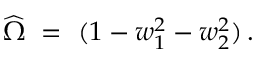
\widehat \Omega ~ = ~ ( 1 - w _ { 1 } ^ { 2 } - w _ { 2 } ^ { 2 } ) \, .